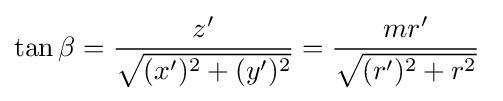
\tan \beta ={\frac {z'}{\sqrt {(x')^{2}+(y')^{2}}}}={\frac {mr'}{\sqrt {(r')^{2}+r^{2}}}}\